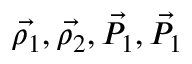
\vec { \rho _ { 1 } } , \vec { \rho _ { 2 } } , \vec { P _ { 1 } } , \vec { P _ { 1 } }